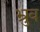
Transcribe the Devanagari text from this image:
भ्रुव